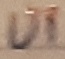
Text: UI